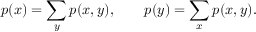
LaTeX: p ( x ) = \sum _ { y } p ( x , y ) , \qquad p ( y ) = \sum _ { x } p ( x , y ) .